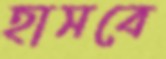
হাসবে